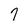
Character: 7